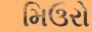
મિઉરો